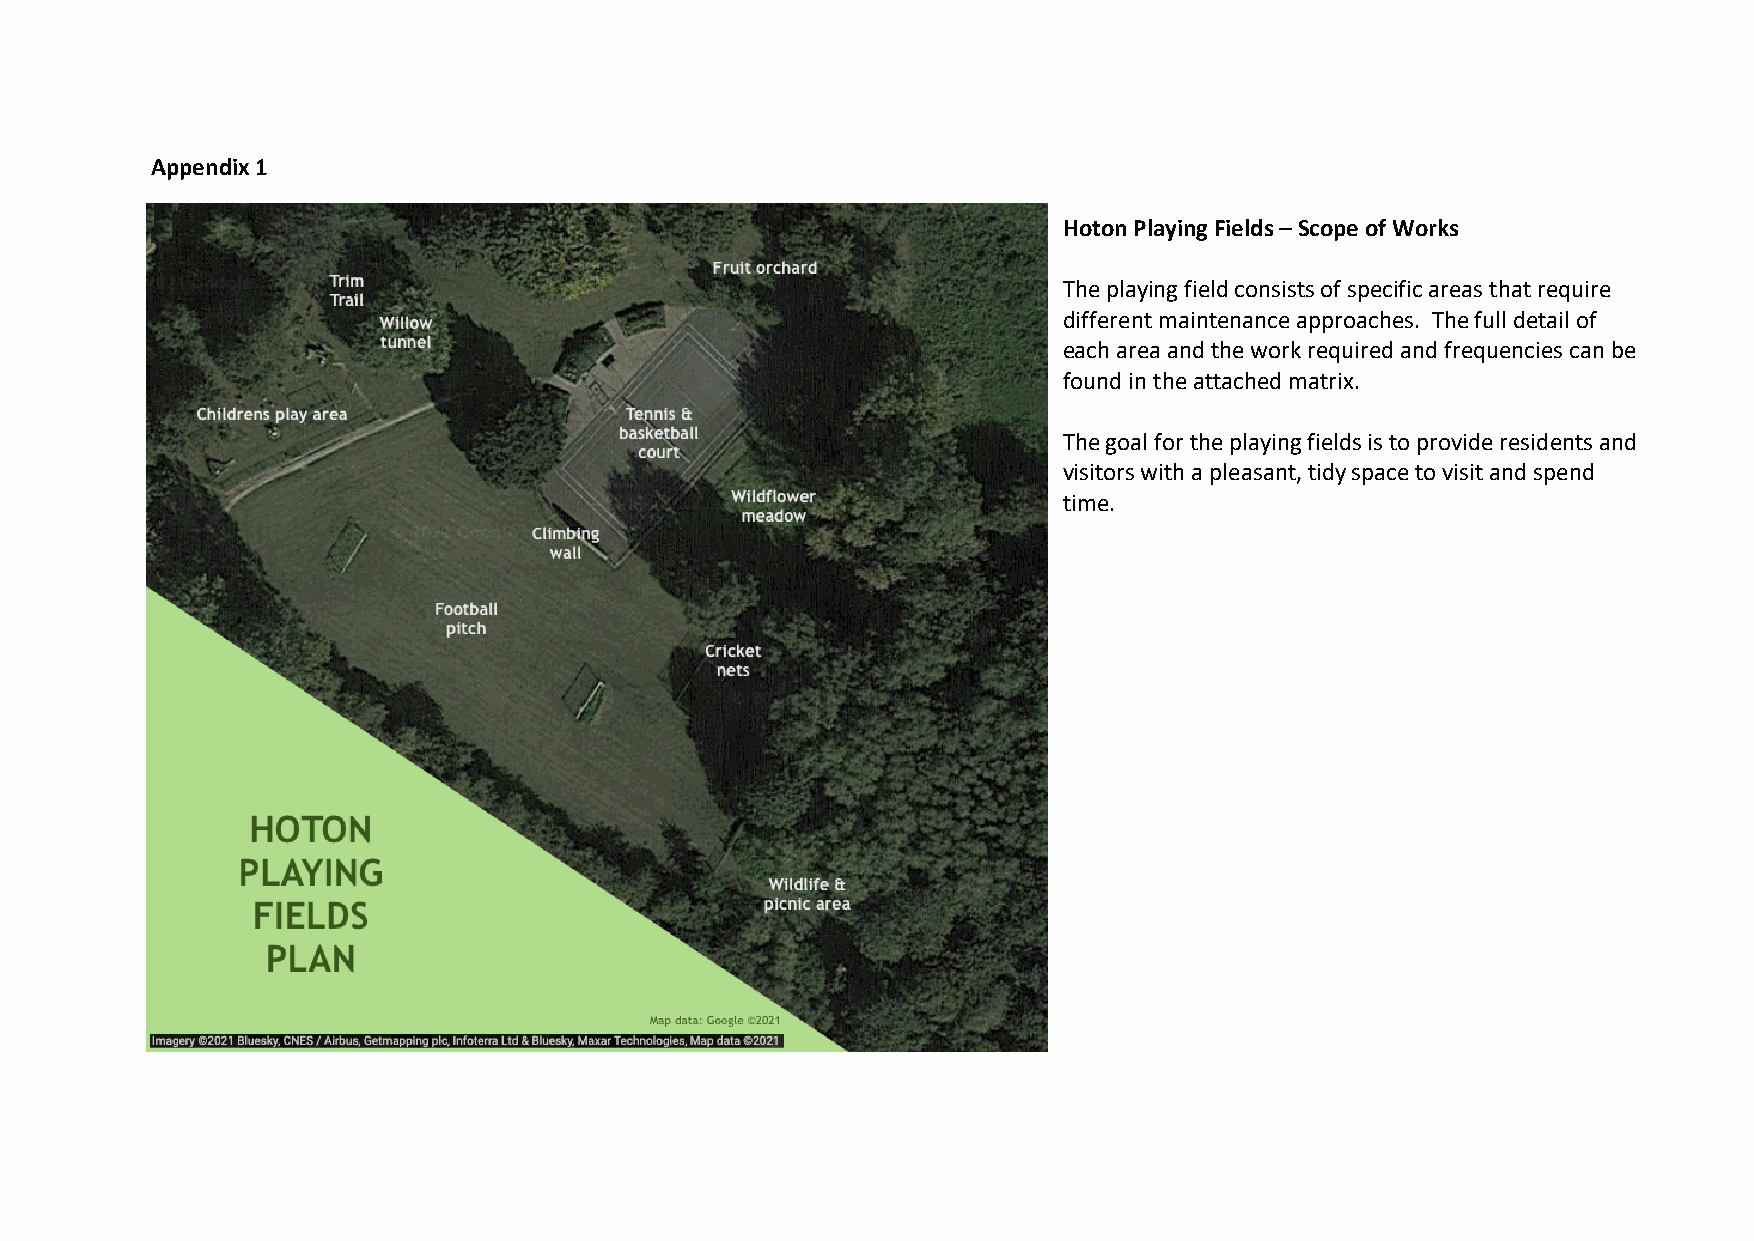
Appendix 1
 Hoton Playing Fields – Scope of Works
 The playing field consists of specific areas that require
 different maintenance approaches. The full detail of
 each area and the work required and frequencies can be
 found in the attached matrix.
 The goal for the playing fields is to provide residents and
 visitors with a pleasant, tidy space to visit and spend
 time.